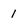
Character: 1